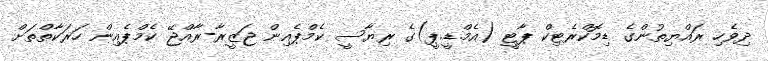
ދިވެހި ރައްޔިތުންގެ ޑިމޮކްރެޓިކް ޕާޓީ (އެމް.ޑީ.ޕީ)ގެ ރިޔާސީ ކެމްޕެއިން ޖަޒީރާ-ރާއްޖޭ ކެމްޕެއިން ހަރަކާތްތަށް